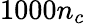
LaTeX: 1000n_{c}